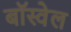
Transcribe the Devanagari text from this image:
बॉस्वेल